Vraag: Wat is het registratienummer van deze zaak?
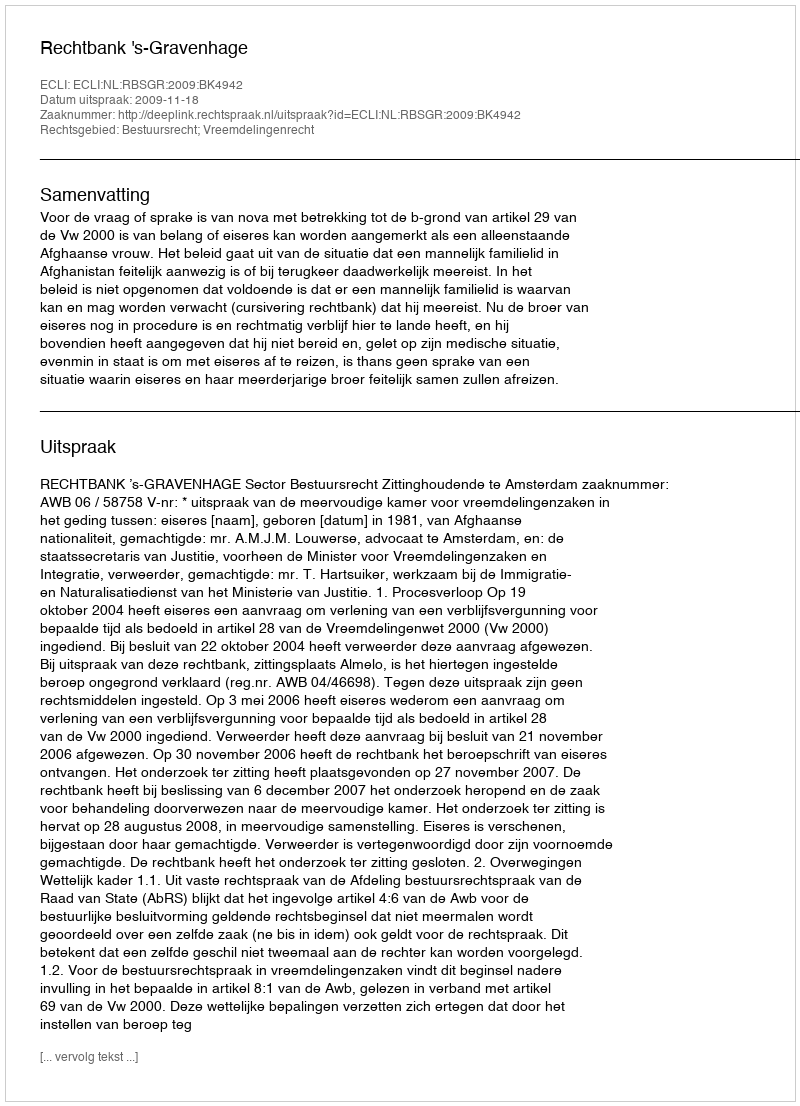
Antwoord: http://deeplink.rechtspraak.nl/uitspraak?id=ECLI:NL:RBSGR:2009:BK4942